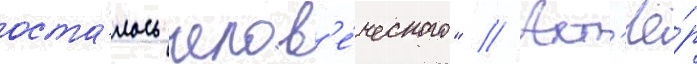
оста́лось челов'е́ческого" // Акт'ё́р